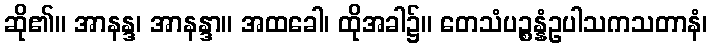
ဆို၏။ အာနန္ဒ၊ အာနန္ဒာ။ အထခေါ၊ ထိုအခါ၌။ တေသံပဉ္စန္နံဥပါသကသတာနံ၊